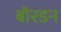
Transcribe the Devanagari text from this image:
बॉरडन